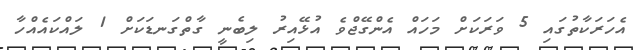
އެހަރަކާތުގައި 5 ވަރަކަށް މަހައް އެންގޭޖްވެ އުޅޭއިރު ލިބެނީ ގާތްގަނޑަކަށް 1 ލައްކައެއްހާ